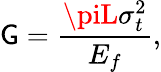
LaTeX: \mathsf{G}=\frac{{\piL\sigma_{t}^{2}}}{{E_{f}}},